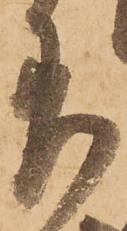
差